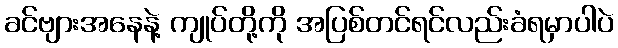
ခင်ဗျားအနေနဲ့ ကျုပ်တို့ကို အပြစ်တင်ရင်လည်းခံရမှာပါပဲ